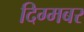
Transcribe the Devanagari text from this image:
दिग्मबर